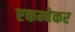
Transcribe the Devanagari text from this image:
एकम्बेकर